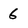
Character: 6